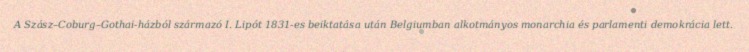
A Szász–Coburg–Gothai-házból származó I. Lipót 1831-es beiktatása után Belgiumban alkotmányos monarchia és parlamenti demokrácia lett.